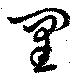
罣